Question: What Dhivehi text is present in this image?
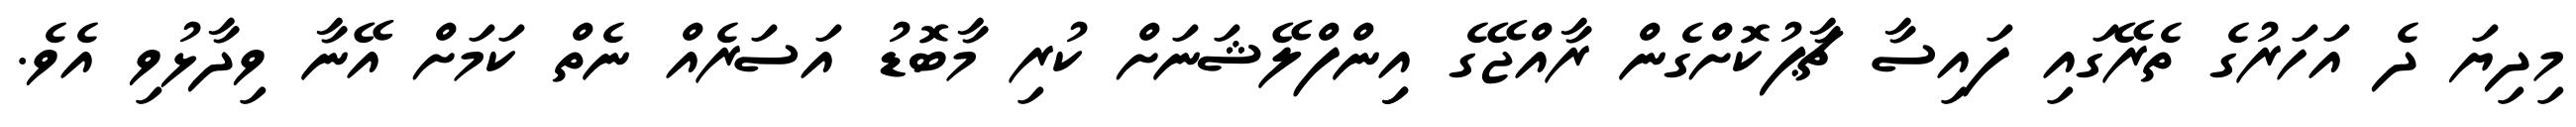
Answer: މިދިޔަ ދެ އަހަރުގެ ތެރޭގައި ފައިސާ ޗާޕުކޮށްގެން ރާއްޖޭގެ އިިންފްލޭޝަނަށް ކުރި މާބޮޑު އަސަރެއް ނެތް ކަމަށް އޭނާ ވިދާޅުވި އެވެ.